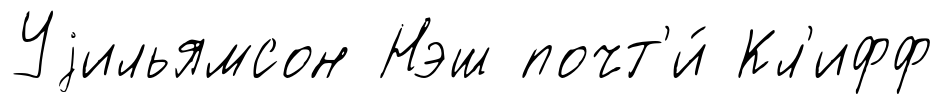
Уjильямсон Нэш почт'и́ Кл'ифф